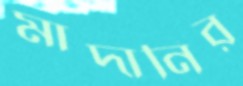
মাদানির